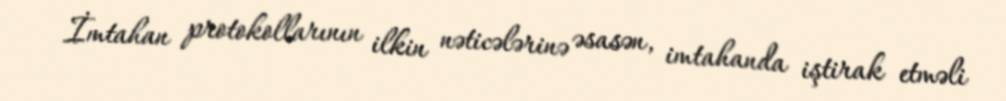
İmtahan protokollarının ilkin nəticələrinə əsasən, imtahanda iştirak etməli